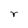
Character: r